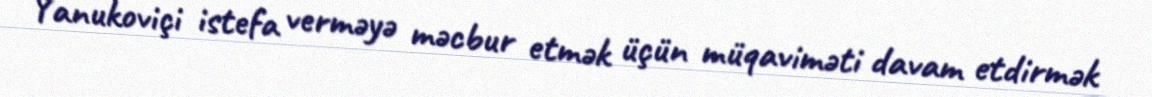
Yanukoviçi istefa verməyə məcbur etmək üçün müqaviməti davam etdirmək